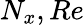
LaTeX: N_{x},Re